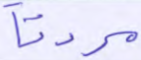
مردنا